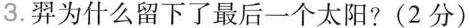
3.羿为什么留下了最后一个太阳?(2分)